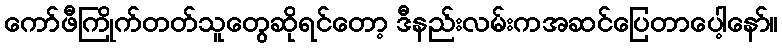
ကော်ဖီကြိုက်တတ်သူတွေဆိုရင်တော့ ဒီနည်းလမ်းကအဆင်ပြေတာပေါ့နော်။